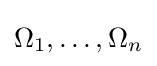
\Omega _{1},\dots ,\Omega _{n}